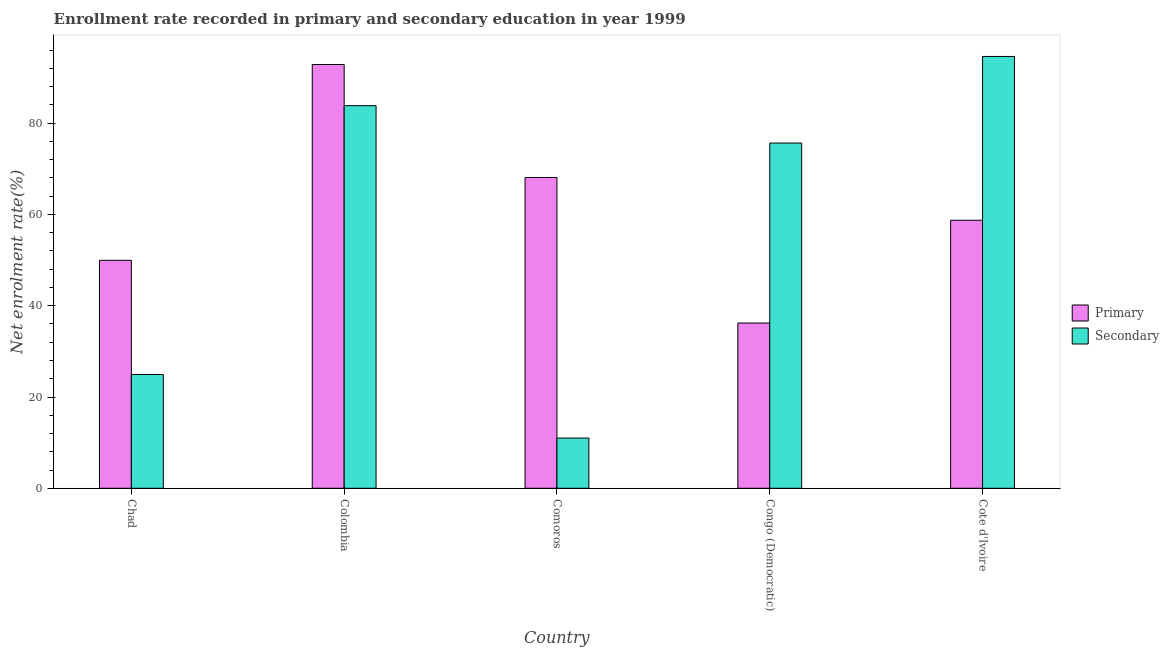
| Country | Primary | Secondary |
 | --- | --- | --- |
 | Chad | 50 | 24.9 |
 | Colombia | 92.9 | 83.8 |
 | Comoros | 68.1 | 11 |
 | Congo (Democratic) | 36.2 | 75.7 |
 | Cote d'Ivoire | 58.7 | 94.6 |